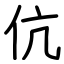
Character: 伉